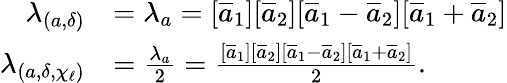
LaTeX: \begin{array}{rl}{\lambda_{(a,\delta)}}&{=\lambda_{a}=[\overline{{a}}_{1}][\overline{{a}}_{2}][\overline{{a}}_{1}-\overline{{a}}_{2}][\overline{{a}}_{1}+\overline{{a}}_{2}]}\\ {\lambda_{(a,\delta,\chi_{\ell})}}&{=\frac{\lambda_{a}}{2}=\frac{[\overline{{a}}_{1}][\overline{{a}}_{2}][\overline{{a}}_{1}-\overline{{a}}_{2}][\overline{{a}}_{1}+\overline{{a}}_{2}]}{2}.}\end{array}